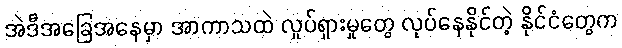
အဲဒီအခြေအနေမှာ အာကာသထဲ လှုပ်ရှားမှုတွေ လုပ်နေနိုင်တဲ့ နိုင်ငံတွေက